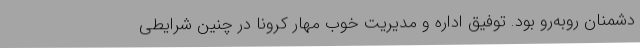
دشمنان روبه‌رو بود. توفیق اداره و مدیریت خوب مهار کرونا در چنین شرایطی